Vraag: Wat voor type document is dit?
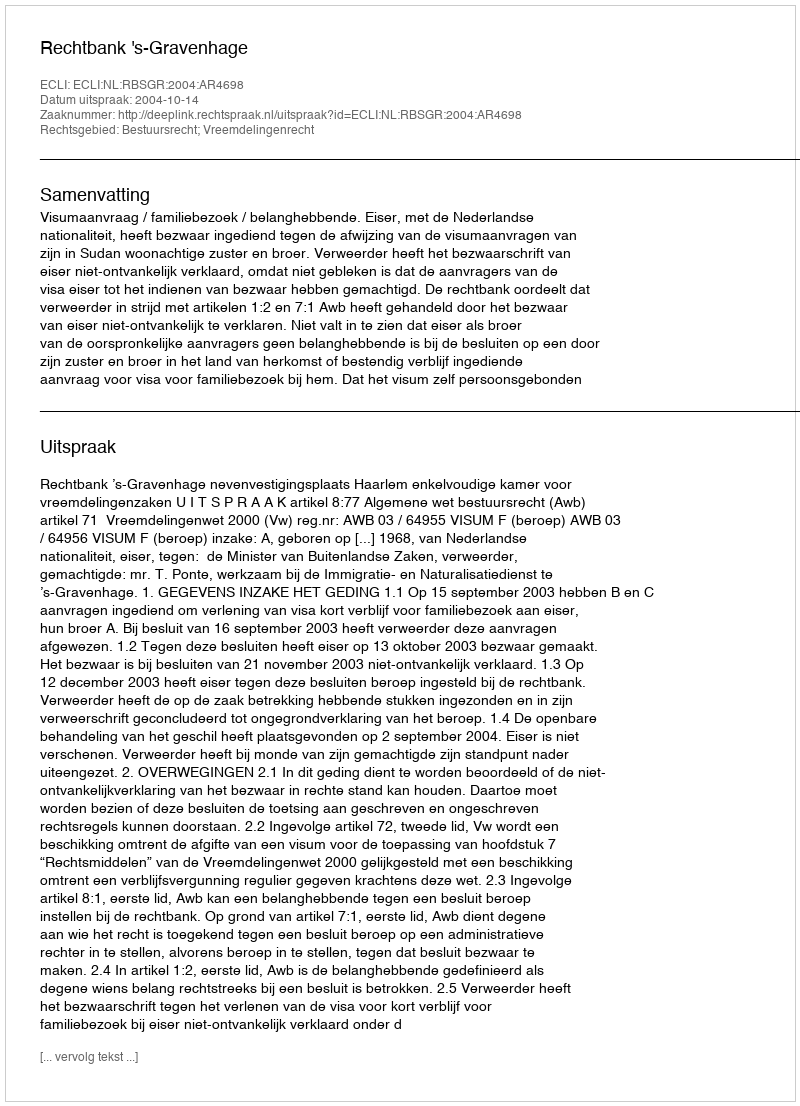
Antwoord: Uitspraak